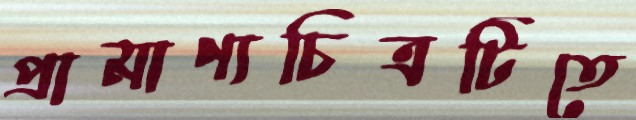
প্রামাণ্যচিত্রটিতে